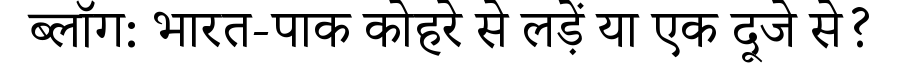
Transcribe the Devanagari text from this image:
ब्लॉग: भारत-पाक कोहरे से लड़ें या एक दूजे से?